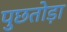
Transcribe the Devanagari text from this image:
पुछतोड़ा